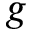
g